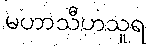
မဟာသီဟသူရ